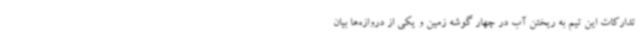
تدارکات این تیم به ریختن آب در چهار گوشه زمین و یکی از دروازه‌ها بیان